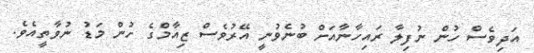
އަދިވެސް ހުން ނުފިލާ ރައިހާނާއަށް ބުނެވުނީ އޭރުވެސް ޒިއާމްގެ ހުން މަޑު ނުވާތީއެވެ.